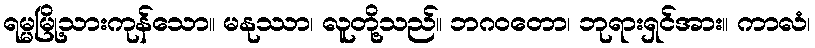
ရမ္မမြို့သားကုန်သော။ မနုဿာ၊ လူတို့သည်။ ဘဂဝတော၊ ဘုရားရှင်အား။ ကာလံ၊